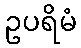
ဥပရိမံ